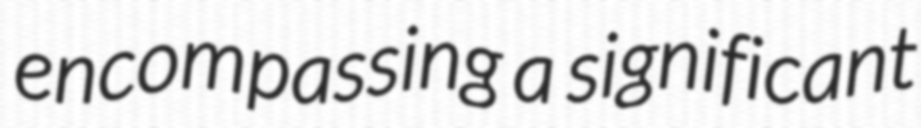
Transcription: encompassing a significant